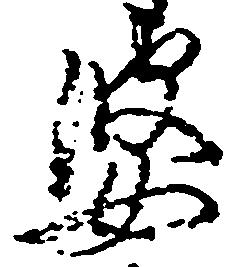
婆